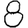
Digit: 8